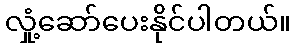
လှုံ့ဆော်ပေးနိုင်ပါတယ်။